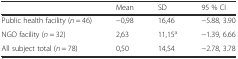
|  | Mean | SD | 95 % CI |
 | --- | --- | --- | --- |
 | Public health facility (n = 46) | −0,98 | 16,46 | −5.88, 3.90 |
 | NGO facility (n = 32) | 2,63 | 11,15a | −1.39, 6.66 |
 | All subject total (n = 78) | 0,50 | 14,54 | −2.78, 3.78 |